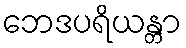
ဘေဒပရိယန္တာ